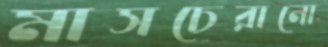
মাসচেরানো